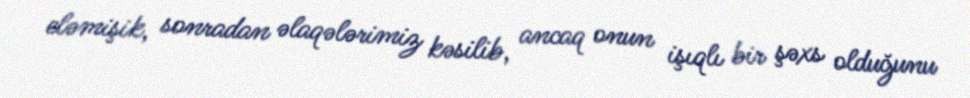
eləmişik, sonradan əlaqələrimiz kəsilib, ancaq onun işıqlı bir şəxs olduğunu